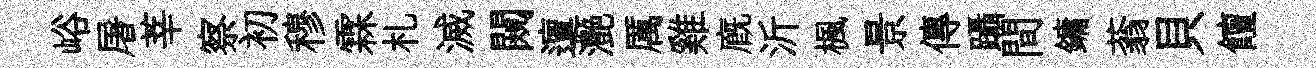
峪屠莘察初穆霖札滅闚邅灔厲雞廐沂楓景傳躡間鏞蓊貝饘